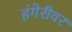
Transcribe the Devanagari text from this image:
हंगेरीवर